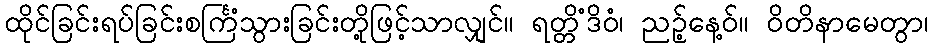
ထိုင်ခြင်းရပ်ခြင်းစင်္ကြံသွားခြင်းတို့ဖြင့်သာလျှင်။ ရတ္တိံဒိဝံ၊ ညဉ့်နေ့ဝ်။ ဝိတိနာမေတွာ၊